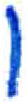
אות: ו